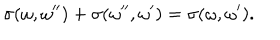
LaTeX: \sigma ( \omega , \omega ^ { \prime \prime } ) + \sigma ( \omega ^ { \prime \prime } , \omega ^ { \prime } ) = \sigma ( \omega , \omega ^ { \prime } ) .